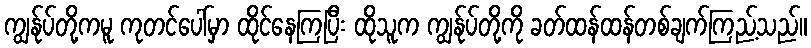
ကျွန်ုပ်တို့ကမူ ကုတင်ပေါ်မှာ ထိုင်နေကြပြီး ထိုသူက ကျွန်ုပ်တို့ကို ခတ်ထန်ထန်တစ်ချက်ကြည့်သည်။